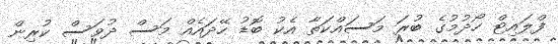
ފްލައިޓް ހޯދުމުގެ ބުރަ މަސައްކަތާ އެކު ބޮޑު ހޭދައެއް މަސް ދުވަސް ކުރިން